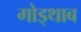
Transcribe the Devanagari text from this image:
गोड्थाब